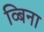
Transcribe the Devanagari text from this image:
व्बिना